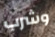
وشرب